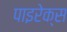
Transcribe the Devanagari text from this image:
पाइरेक्स